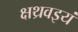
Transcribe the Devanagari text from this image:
क्षथ्रवइयं